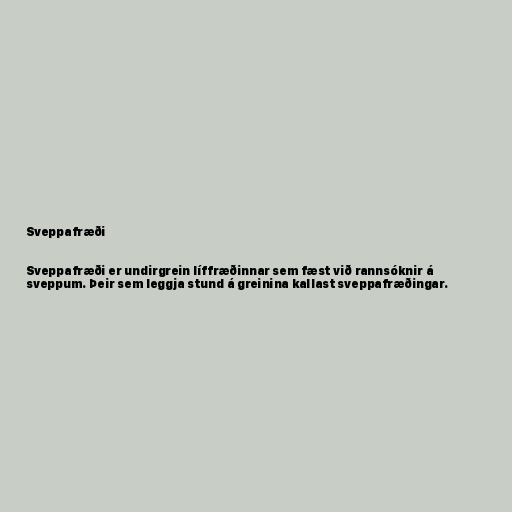
Sveppafræði

Sveppafræði er undirgrein líffræðinnar sem fæst við rannsóknir á
sveppum. Þeir sem leggja stund á greinina kallast sveppafræðingar.